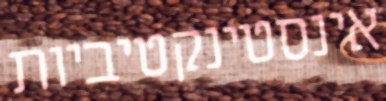
אינסטינקטיביות